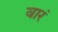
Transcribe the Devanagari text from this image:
वारं